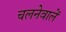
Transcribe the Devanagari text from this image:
चलनेवालें